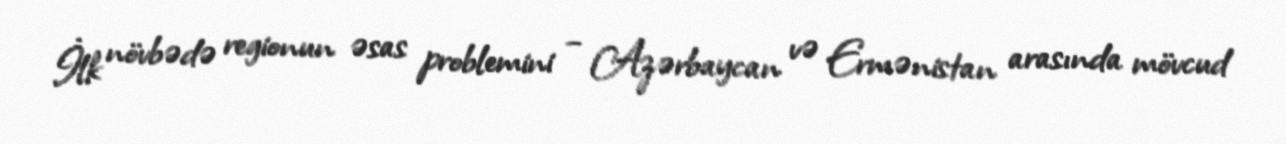
İlk növbədə regionun əsas problemini – Azərbaycan və Ermənistan arasında mövcud